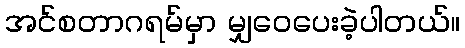
အင်စတာဂရမ်မှာ မျှဝေပေးခဲ့ပါတယ်။